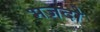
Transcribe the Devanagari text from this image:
भजदो